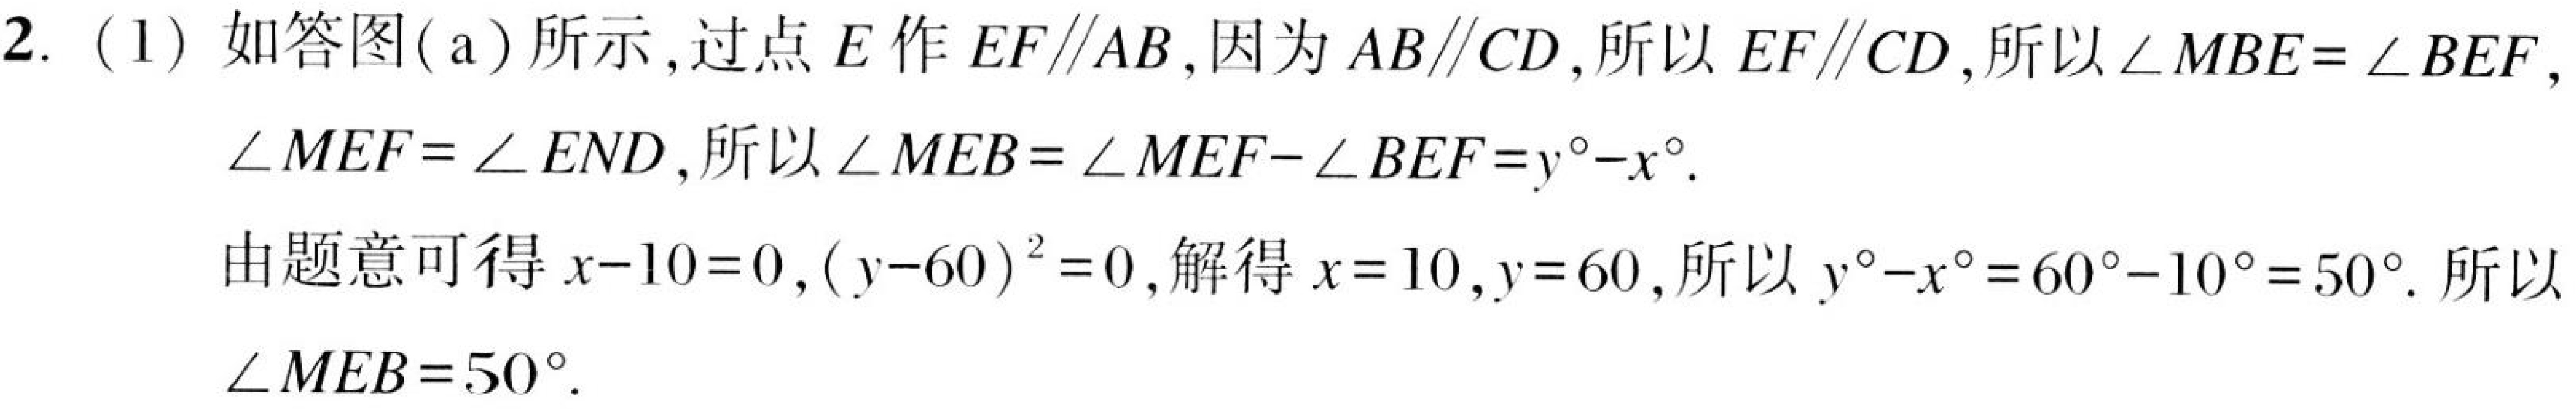
2. (1) 如答图(a)所示，过点\(E\)作\(EF\parallel AB\)，因为\(AB\parallel CD\)，所以\(EF\parallel CD\)，所以\(\angle MBE = \angle BEF\)，\(\angle MEF=\angle END\)，所以\(\angle MEB=\angle MEF - \angle BEF=y^{\circ}-x^{\circ}\)。
由题意可得\(x - 10 = 0\)，\((y - 60)^{2}=0\)，解得\(x = 10\)，\(y = 60\)，所以\(y^{\circ}-x^{\circ}=60^{\circ}-10^{\circ}=50^{\circ}\)。所以\(\angle MEB = 50^{\circ}\)。